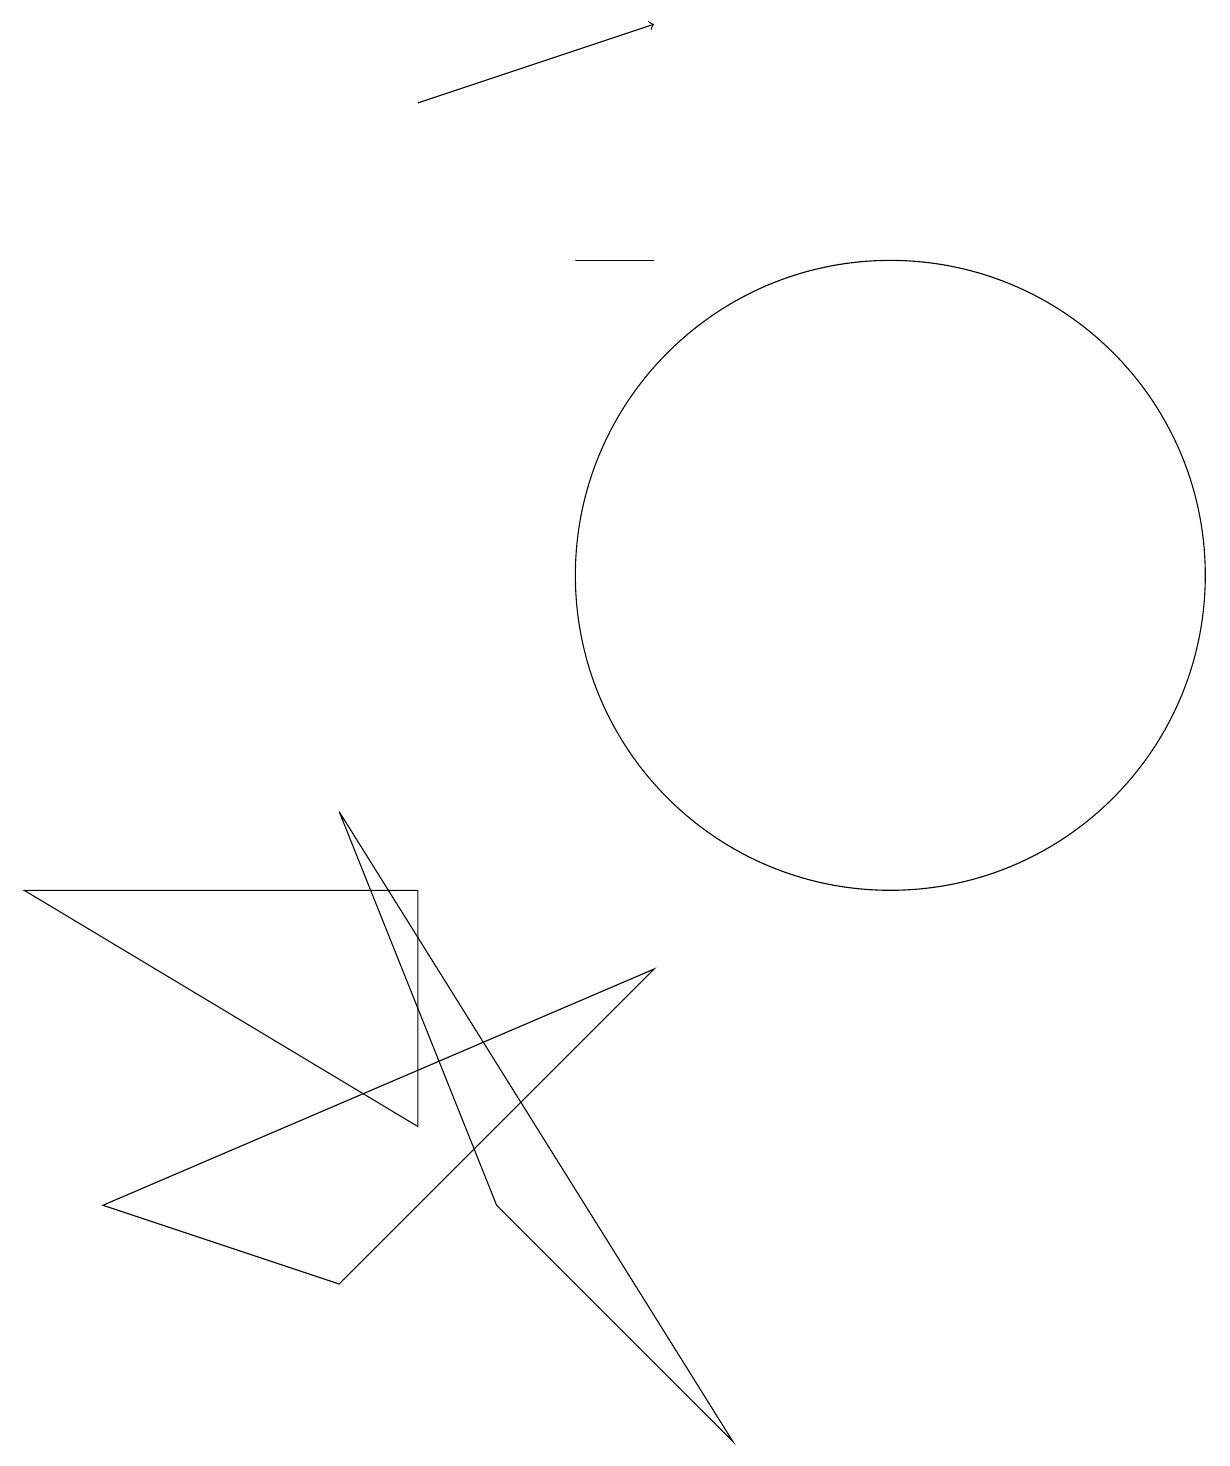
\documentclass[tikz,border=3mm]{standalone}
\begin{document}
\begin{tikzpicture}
\draw (9,1) -- (4,9) -- (6,4) -- cycle;
\draw (5,8) -- (5,5) -- (0,8) -- cycle;
\draw (1,4) -- (4,3) -- (8,7) -- cycle;
\draw (10,10) circle (0);
\draw (11,12) circle (4);
\draw (8,16) rectangle (7,16);
\draw[->] (5,18) -- (8,19);
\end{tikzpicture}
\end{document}